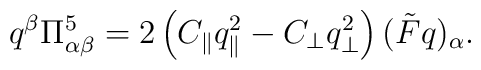
q^{\beta}\Pi^5_{\alpha\beta}=2\left(C_{\parallel}q_{\parallel}^2-C_{\bot}q_{\bot}^2\right)(\tilde{F}q)_{\alpha} .